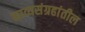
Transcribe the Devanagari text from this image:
काव्यसंग्रहांतील